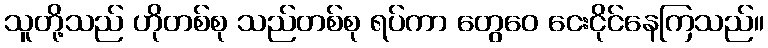
သူတို့သည် ဟိုတစ်စု သည်တစ်စု ရပ်ကာ တွေဝေ ငေးငိုင်နေကြသည်။